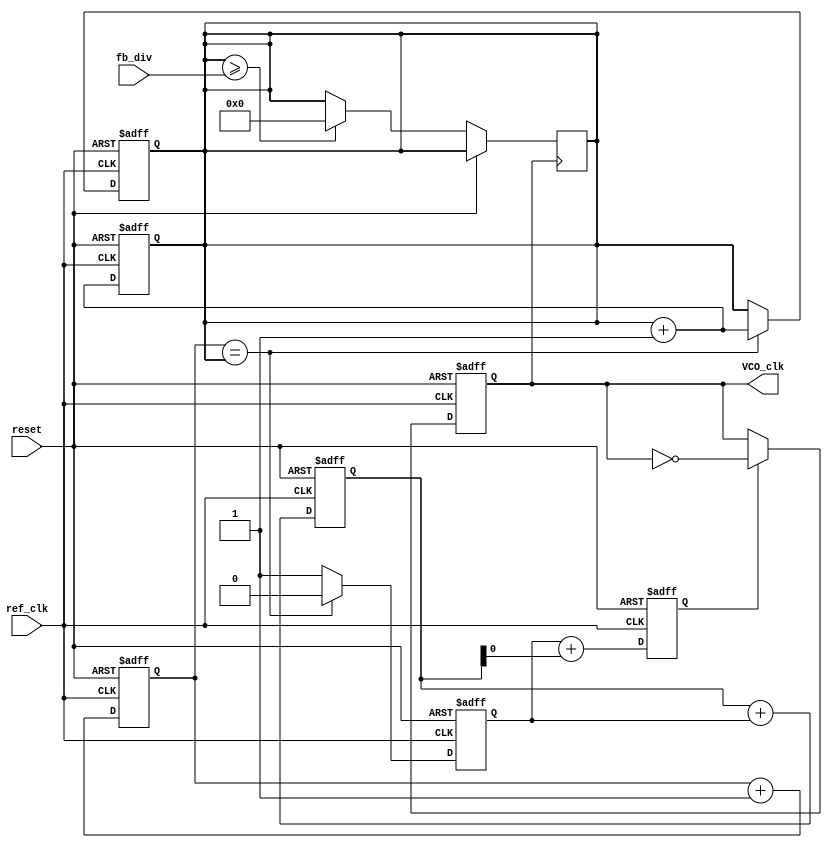
module DPLL (
    input wire ref_clk,     // Reference clock input
    input wire reset,       // Asynchronous reset
    input wire [31:0] fb_div, // Feedback division factor
    output reg VCO_clk      // Output of the voltage-controlled oscillator
);

// Internal signals
reg [31:0] phase_counter;
reg [31:0] feedback_counter;
reg error_signal;
reg [31:0] Vctrl;          // Control voltage
reg [31:0] filtered_error; // Filtered error signal

// Phase Detector
always @(posedge ref_clk or posedge reset) begin
    if (reset) begin
        phase_counter <= 0;
        feedback_counter <= 0;
        error_signal <= 0;
    end else begin
        phase_counter <= phase_counter + 1;
        if (phase_counter == feedback_counter) begin
            error_signal <= 0; // Phase matched
            feedback_counter <= feedback_counter + 1;
        end else begin
            error_signal <= (phase_counter > feedback_counter) ? 1 : -1; // Positive or Negative error
        end
    end
end

// Loop Filter (simple PI controller)
always @(posedge ref_clk or posedge reset) begin
    if (reset) begin
        Vctrl <= 0;
        filtered_error <= 0;
    end else begin
        filtered_error <= filtered_error + error_signal; // Integral action
        Vctrl <= error_signal + filtered_error;           // Proportional action
    end
end

// Voltage-Controlled Oscillator (VCO)
always @(posedge ref_clk or posedge reset) begin
    if (reset) begin
        VCO_clk <= 0;
        feedback_counter <= 0;
    end else begin
        // Adjust VCO frequency based on Vctrl, simplified to toggle logic
        if (Vctrl[0]) begin
            VCO_clk <= ~VCO_clk; // Simple toggle for demonstration
        end
        feedback_counter <= feedback_counter + 1;
    end
end

// Feedback path with division
reg fb_clk; // Feedback clock signal
always @(posedge VCO_clk or posedge reset) begin
    if (reset) begin
        fb_clk <= 0;
    end else begin
        if (feedback_counter >= fb_div) begin
            fb_clk <= ~fb_clk; // Divide by fb_div
            feedback_counter <= 0; // Reset the feedback counter
        end
    end
end

endmodule